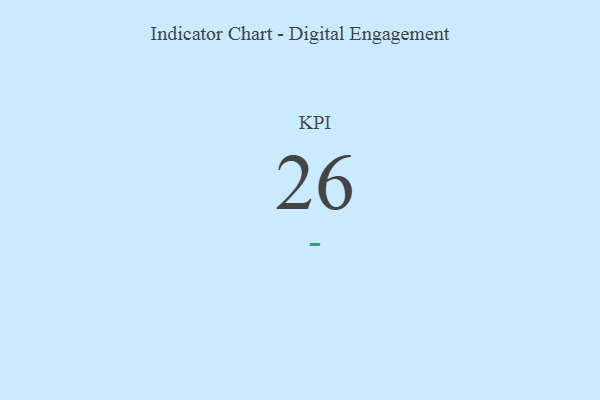
{"axis": {"x": "KPI", "y": "Value"}, "legend": [""], "data": [{"x": "KPI", "y": 26, "type": ""}]}